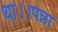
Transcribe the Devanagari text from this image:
था।।पन्ना